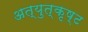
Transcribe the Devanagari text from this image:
अत्युत्‍कृष्ट